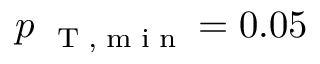
p _ { \mathrm { ~ \tiny ~ T ~ , ~ m ~ i ~ n ~ } } = 0 . 0 5